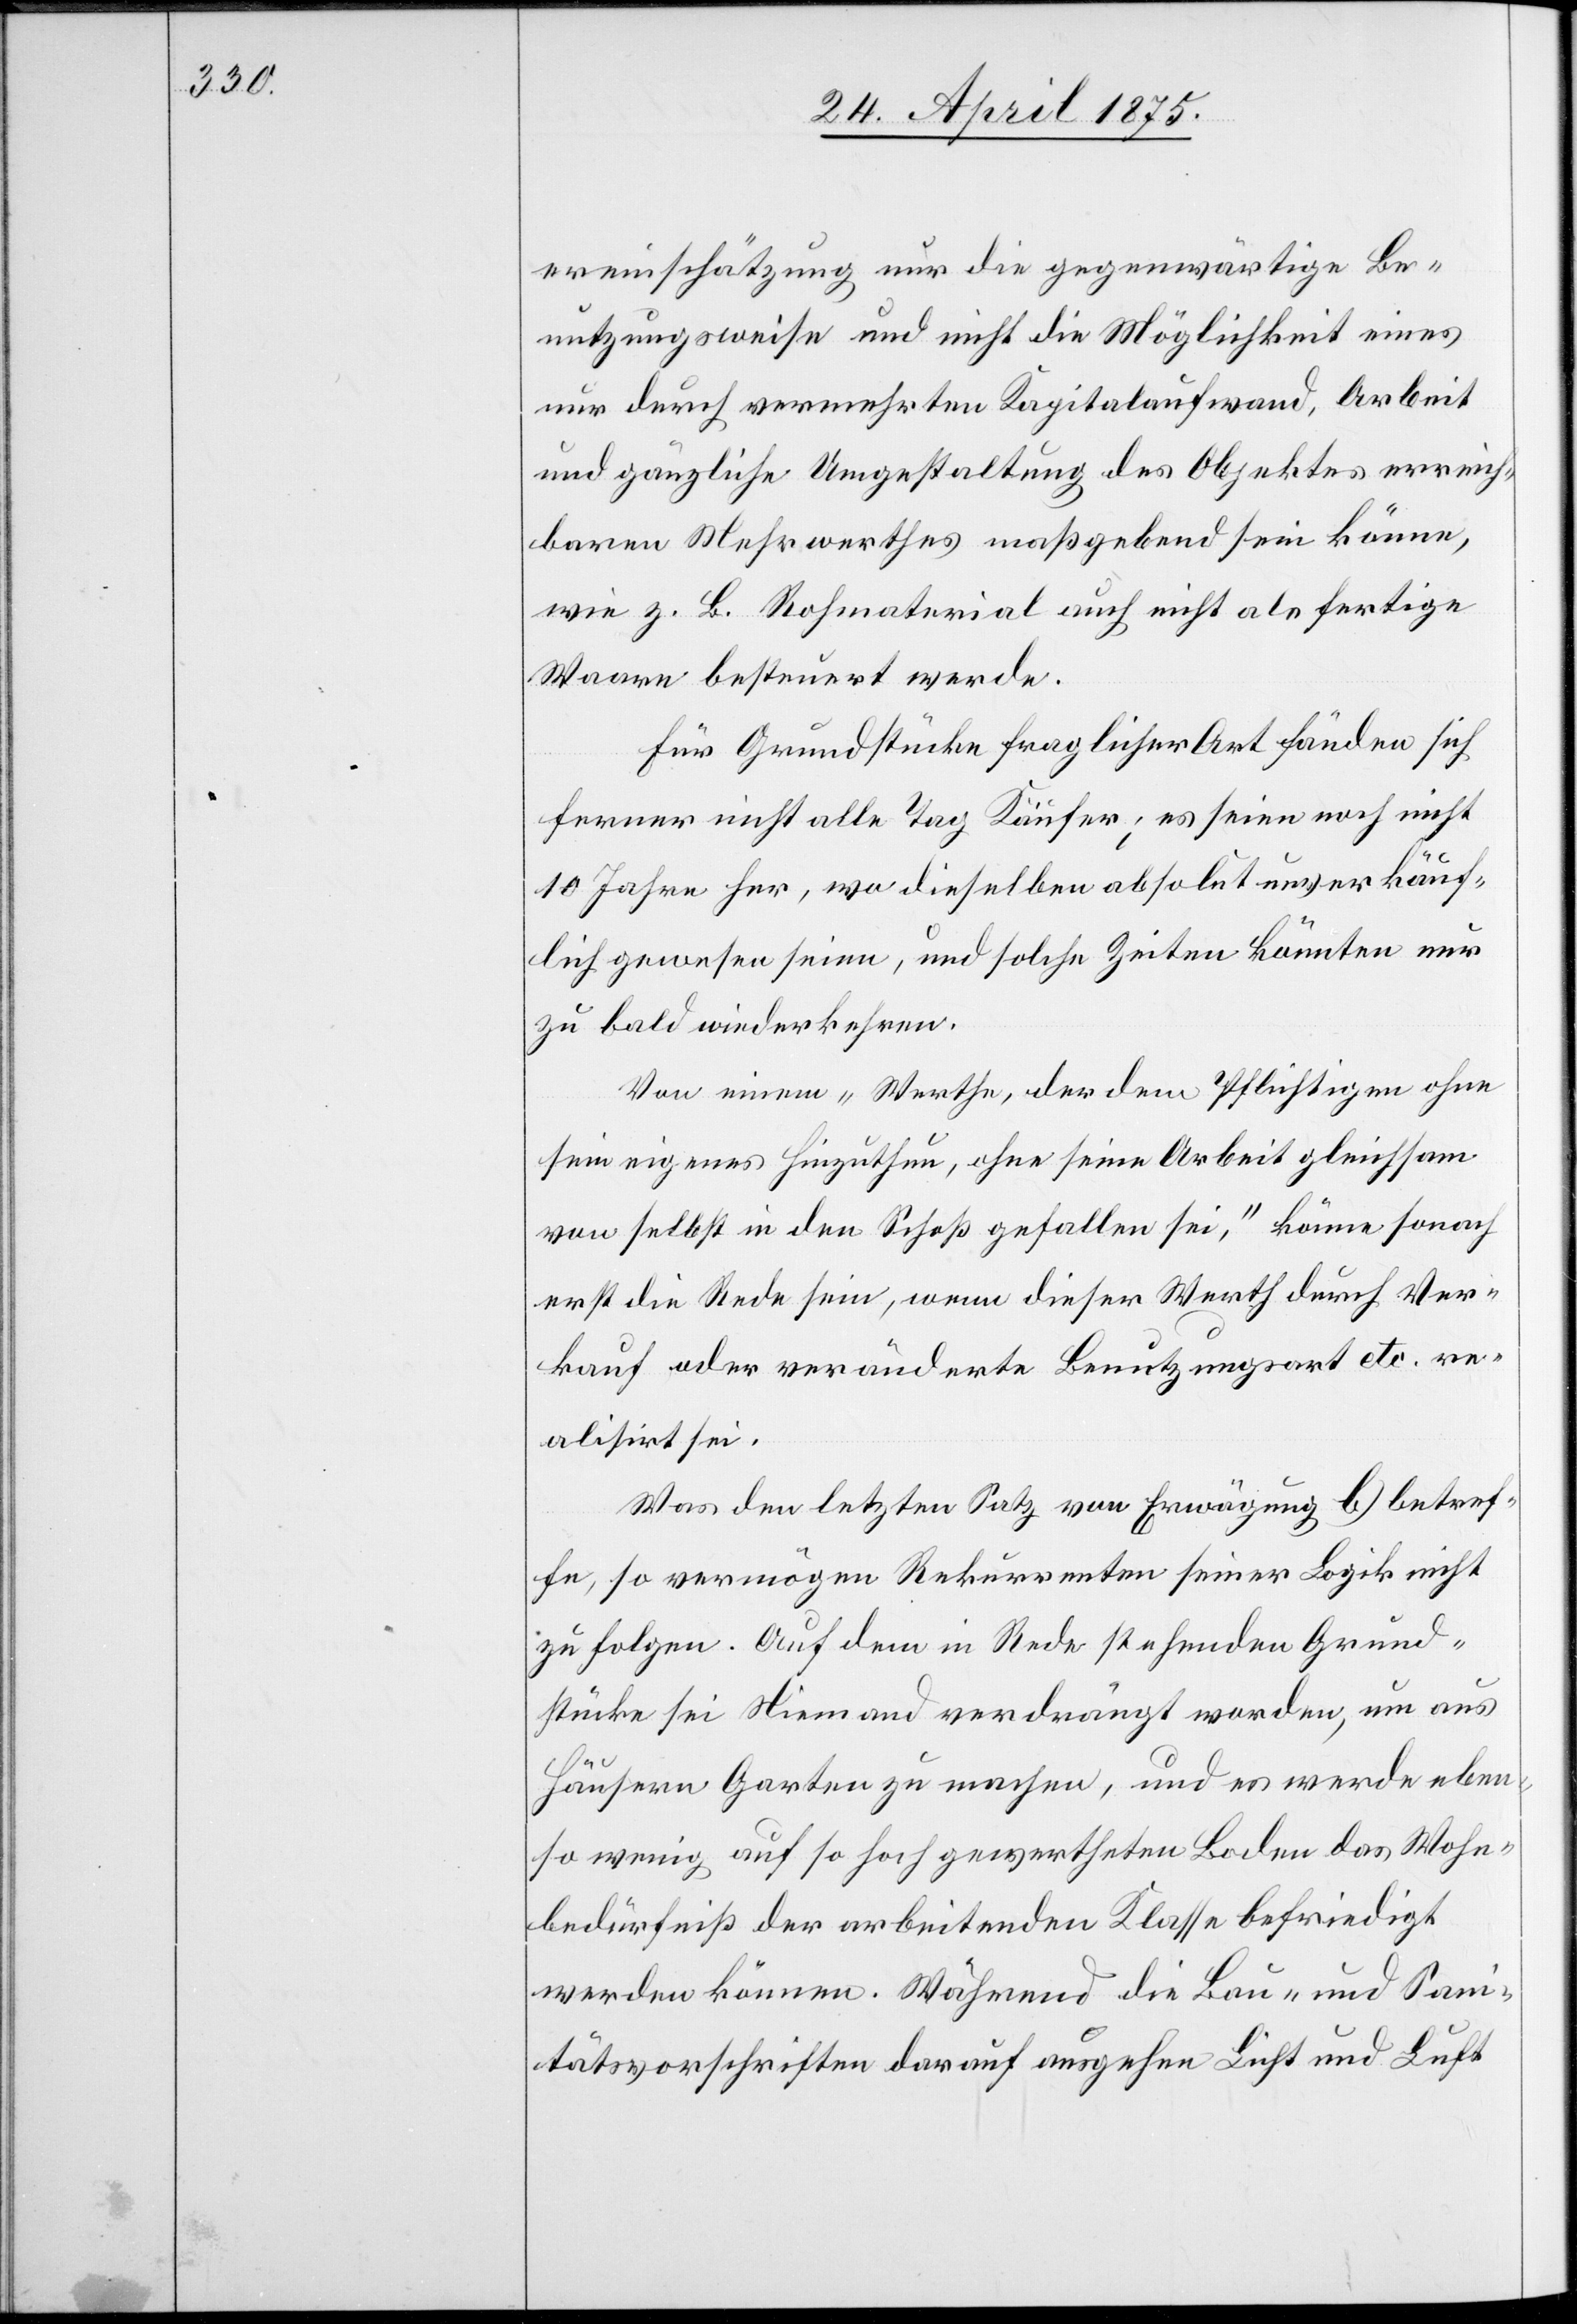
ereinschätzung nur die gegenwärtige Be¬
nutzungsweise und nicht die Möglichkeit eines
nur durch vermehrten Kapitalaufwand, Arbeit
und gänzliche Umgestaltung des Objektes erreich¬
baren Mehrwerthes maßgebend sein könne,
wie z. B. Rohmaterial auch nicht als fertig
Waare besteuert werde.
Für Grundstücke fraglicher Art fänden sich
ferner nicht alle Tag Käufer; es seien noch nicht
10 Jahre her, wo dieselben absolut unverkäuf¬
lich gewesen seien, und solche Zeiten könnten nur
zu bald wiederkehren.
Von einem „Werthe, der dem Pflichtigen ohne
sein eigenes Hinzuthun, ohne seine Arbeit gleichsam
von selbst in den Schoß gefallen sei“, könne sonach
erst die Rede sein, wenn dieser Werth durch Ver¬
kauf oder veränderte Benutzungsart etc. re¬
alisirt sei.
Was den letzten Satz von Erwägung b betref¬
fe, so vermögen Rekurrenten seiner Logik nicht
zu folgen. Auf dem in Rede stehenden Grund¬
stücke sei Niemand verdrängt worden, um aus
Häusern Garten zu machen, und es werde eben¬
so wenig auf so hoch gewertheten Boden das Wohn¬
bedürfniß der arbeitenden Klasse befriedigt
werden können. Während die Bau- und San¬
itätsvorschriften darauf ausgehen Licht und Luft